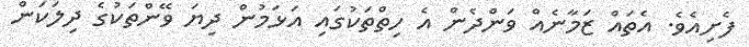
ފެށިއެވެ. އެތައް ޒަމާނެއް ވަންދެން އެ ހިތްތަކުގައި އަޅަމުން ދިޔަ ވޭންތަކުގެ ދިލަކަން